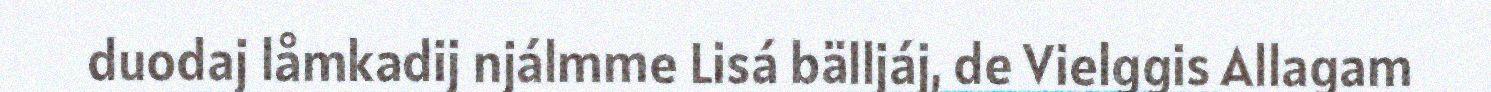
duodaj låmkadij njálmme Lisá bälljáj, de Vielggis Allagam